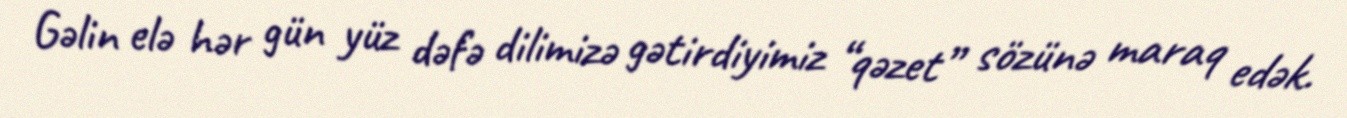
Gəlin elə hər gün yüz dəfə dilimizə gətirdiyimiz “qəzet” sözünə maraq edək.